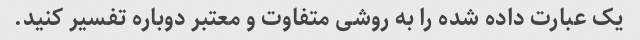
یک عبارت داده شده را به روشی متفاوت و معتبر دوباره تفسیر کنید.